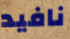
نافيد